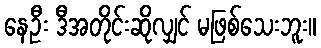
နေဦး ဒီအတိုင်းဆိုလျှင် မဖြစ်သေးဘူး။